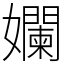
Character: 孄